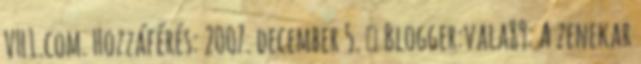
VH1.com. Hozzáférés: 2007. december 5. ↑ Blogger:vala89: A zenekar